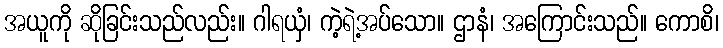
အယူကို ဆိုခြင်းသည်လည်း။ ဂါရယှံ၊ ကဲ့ရဲ့အပ်သော။ ဌာနံ၊ အကြောင်းသည်။ ကောစိ၊